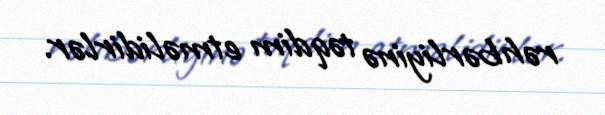
rəhbərliyinə təqdim etməlidirlər.